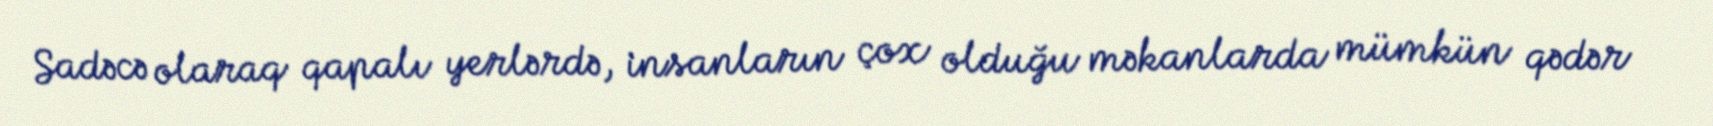
Sadəcə olaraq qapalı yerlərdə, insanların çox olduğu məkanlarda mümkün qədər